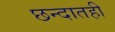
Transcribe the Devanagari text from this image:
छन्दातही